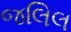
જલિલ